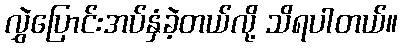
လွှဲပြောင်းအပ်နှံခဲ့တယ်လို့ သိရပါတယ်။